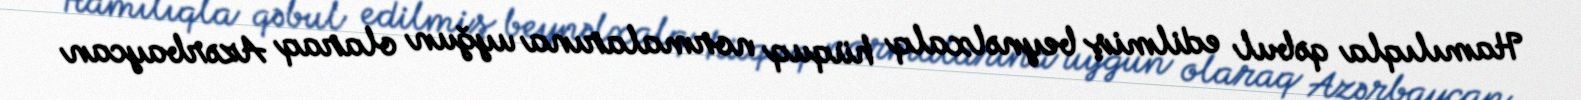
Hamılıqla qəbul edilmiş beynəlxalq hüquq normalarına uyğun olaraq Azərbaycan